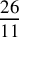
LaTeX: \frac { 2 6 } { 1 1 }